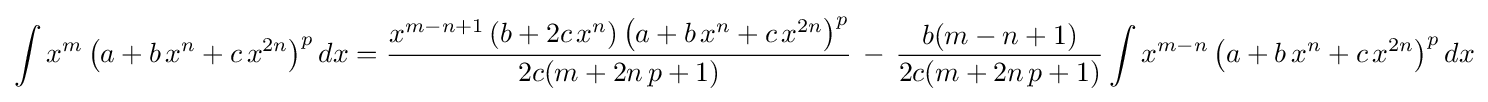
\int x^{m}\left(a+b\,x^{n}+c\,x^{2n}\right)^{p}dx={\frac {x^{m-n+1}\left(b+2c\,x^{n}\right)\left(a+b\,x^{n}+c\,x^{2n}\right)^{p}}{2c(m+2n\,p+1)}}\,-\,{\frac {b(m-n+1)}{2c(m+2n\,p+1)}}\int x^{m-n}\left(a+b\,x^{n}+c\,x^{2n}\right)^{p}dx